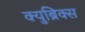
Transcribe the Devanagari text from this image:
क्युब्रिक्स